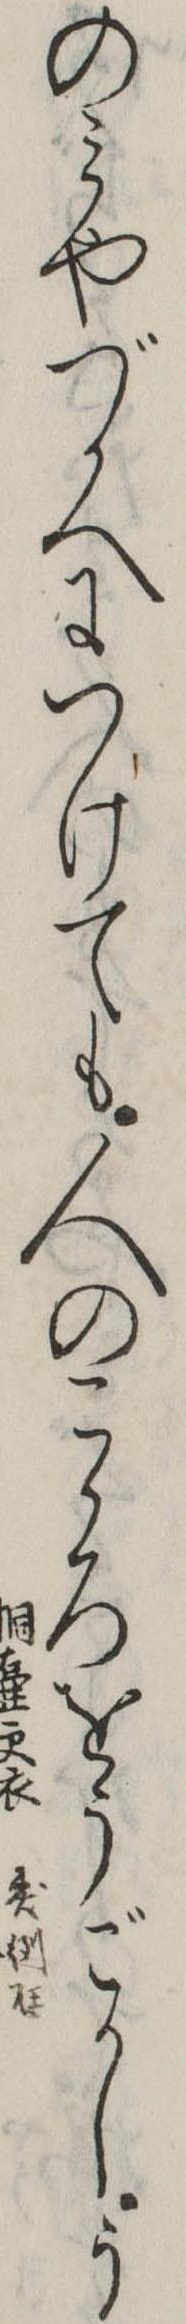
のみやづかへにつけても人のこゝろをうごかしう